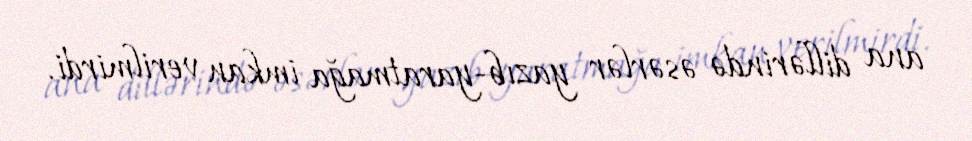
ana dillərində əsərlər yazıb-yaratmağa imkan verilmirdi.